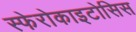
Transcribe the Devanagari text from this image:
स्फेरोकाइटोसिस